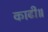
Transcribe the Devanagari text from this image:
काढी॥